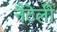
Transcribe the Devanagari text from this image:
नैटेली